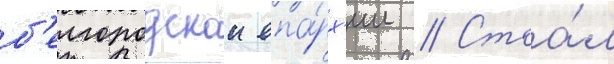
б'елгородскои епа́рх'ии // Стоа́л